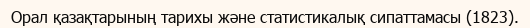
Орал қазақтарының тарихы және статистикалық сипаттамасы (1823).